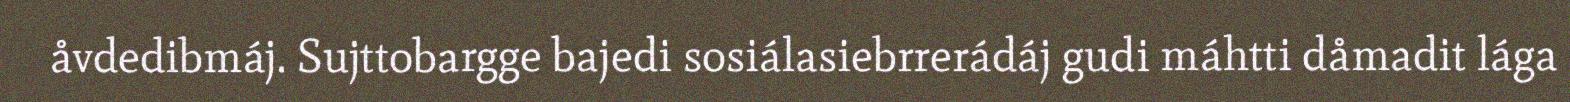
åvdedibmáj. Sujttobargge bajedi sosiálasiebrrerádáj gudi máhtti dåmadit lága